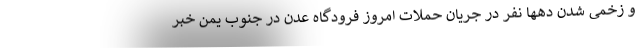
و زخمی شدن دهها نفر در جریان حملات امروز فرودگاه عدن در جنوب یمن خبر